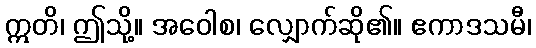
ဣတိ၊ ဤသို့။ အဝေါစ၊ လျှောက်ဆို၏။ ဧကာဒသမီ၊